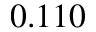
0 . 1 1 0